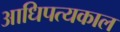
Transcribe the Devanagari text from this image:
आधिपत्यकाल